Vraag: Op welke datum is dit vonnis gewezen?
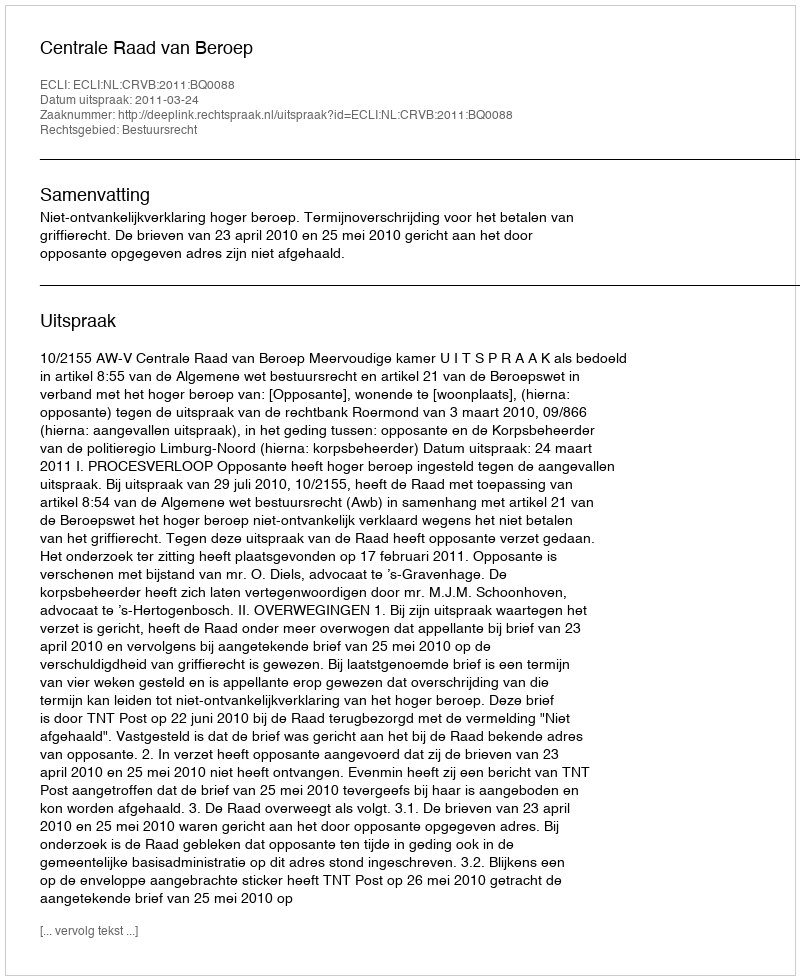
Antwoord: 2011-03-24